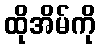
ထိုအိမ်ကို